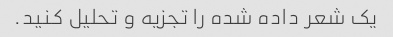
یک شعر داده شده را تجزیه و تحلیل کنید.